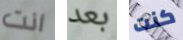
انت بعد كنت